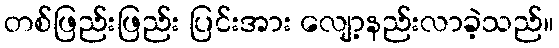
တစ်ဖြည်းဖြည်း ပြင်းအား လျော့နည်းလာခဲ့သည်။